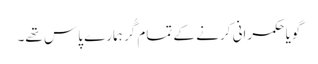
گویا حکمرانی کرنے کے تمام گُر ہمارے پاس تھے۔